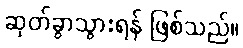
ဆုတ်ခွာသွားရန် ဖြစ်သည်။